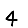
Digit: 4